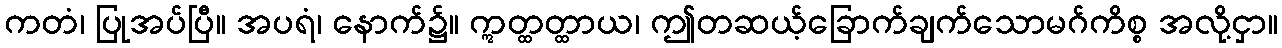
ကတံ၊ ပြုအပ်ပြီ။ အပရံ၊ နောက်၌။ ဣတ္ထတ္ထာယ၊ ဤတဆယ့်ခြောက်ချက်သောမဂ်ကိစ္စ အလို့ငှာ။